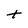
Character: t